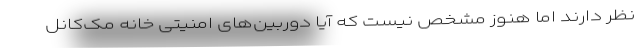
نظر دارند اما هنوز مشخص نیست که آیا دوربین‌های امنیتی خانه مک‌کانل